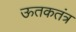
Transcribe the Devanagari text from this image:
ऊतकतंत्र